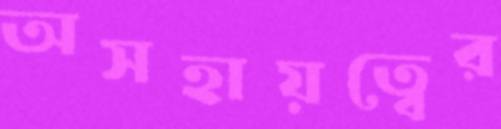
অসহায়ত্বের